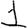
Digit: 1